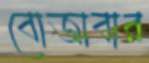
বোজাবার